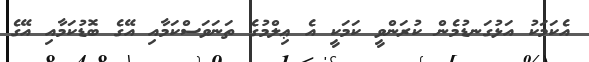
އެކަމަކު އަޅުގަނޑުމެން ކުރަންވީ ކަމަކީ އެ ޢިލްމުގެ ތަނަވަސްކަމާއި އޭގެ ބޮޑުކަމާއި އޭގެ